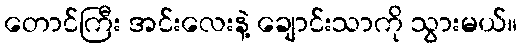
တောင်ကြီး အင်းလေးနဲ့ ချောင်းသာကို သွားမယ်။